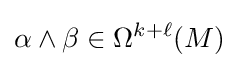
\alpha \wedge \beta \in \Omega ^{k+\ell }(M)